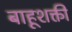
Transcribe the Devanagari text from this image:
बाहूशक्ती